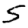
Digit: 5